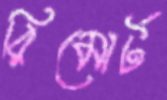
রিমোর্ট